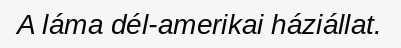
A láma dél-amerikai háziállat.